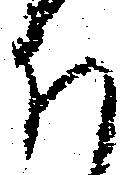
ほ